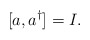
\begin{align*}[a,a^\dagger]=I.\end{align*}